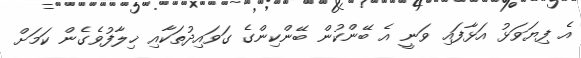
އެ ފިޔަވަޅު އަޅާފައި ވަނީ އެ ބޭންކުން ބޭންކިންގެ ގަވައިދުތަކާއި ޚިލާފުވެގެން ކަމަށް